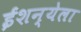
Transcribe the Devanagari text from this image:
ईशन्येला